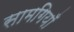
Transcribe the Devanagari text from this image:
सामगियाँ